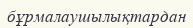
бұрмалаушылықтардан